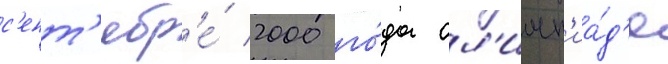
с'ент'ябр'е́ 2000 го́да ол'имп'иа́д'е